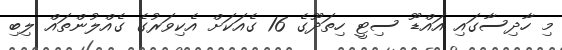
މި ހާދިސާގައި އައްޑޫ ސިޓީ ހިތަދޫގެ 16 ގެއަކަށް އެކިވަރުގެ ގެއްލުންތައް ލިބި